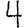
Digit: 4